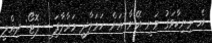
އެ މިނިކާވަގު ވަނީ އޭނާ އަށް ހަމަލާދީ މަރާލާފަ - ފޮޓޯ: ދިއްލީ